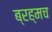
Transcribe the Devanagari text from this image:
ब्रह्मच